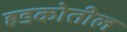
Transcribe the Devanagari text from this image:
हडकोतील